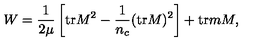
W = \frac { 1 } { 2 \mu } \left[ \mathrm { t r } M ^ { 2 } - \frac { 1 } { n _ { c } } ( \mathrm { t r } M ) ^ { 2 } \right] + \mathrm { t r } m M ,